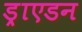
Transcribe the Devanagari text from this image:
ड्राएडन